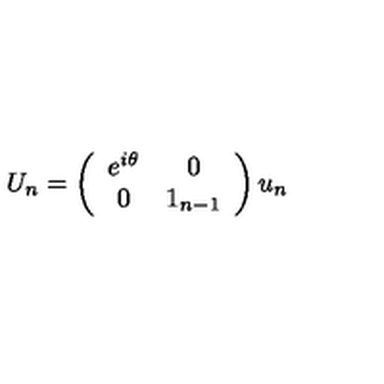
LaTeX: U _ { n } = \left( \begin{array} { c c } { e ^ { i \theta } } & { 0 } \\ { 0 } & { 1 _ { n - 1 } } \\ \end{array} \right) u _ { n }